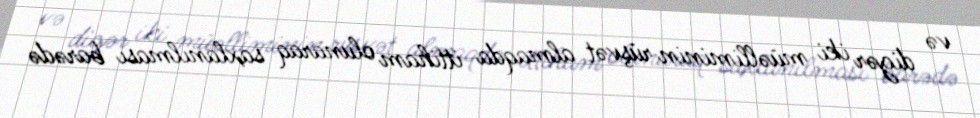
və digər iki müəlliminin rüşvət almaqda ittiham olunaraq saxlanılması barədə